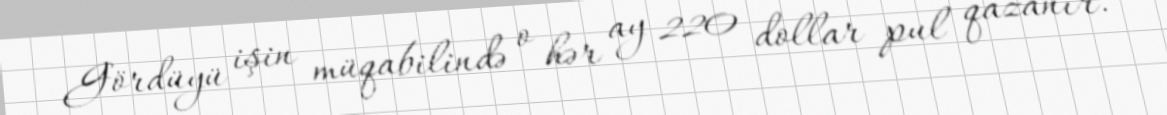
Gördüyü işin müqabilində o hər ay 220 dollar pul qazanır.